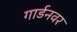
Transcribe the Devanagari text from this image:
गार्डनवर